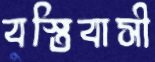
বস্তিবাসী